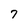
Character: 7